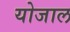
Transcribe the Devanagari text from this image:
योजाल